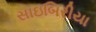
સાઇબિરીયા